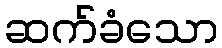
ဆက်ခံသော